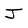
Character: J